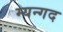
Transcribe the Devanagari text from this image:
म्यन्गद